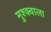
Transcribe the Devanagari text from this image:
मुश्क्बाला